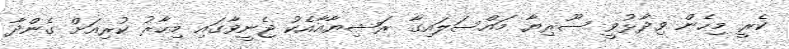
ކެރީ މިހެން ވިދާޅުވީ ސޫރިޔާ މައްސަލައިގާ ރަޝިޔާއާއެކު ޖެނީވާގައި މިހާރު ކުރިއަށް ގެންދާ